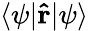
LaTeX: \langle\psi|\mathbf{\hat{r}}|\psi\rangle